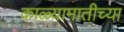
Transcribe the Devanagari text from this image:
काळ्यामातीच्या